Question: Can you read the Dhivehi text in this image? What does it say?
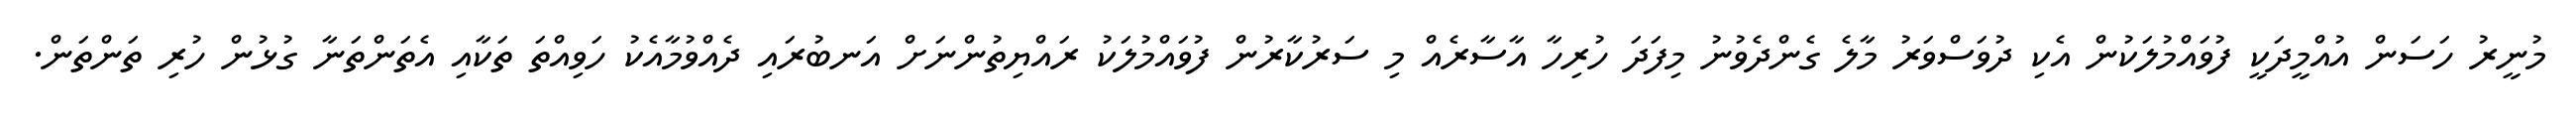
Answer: މުނީރު ހަސަން އުއްމީދަކީ ފުވައްމުލަކުން އެކި ދުވަސްވަރު މާލެ ގެންދެވުނު މިފަދަ ހުރިހާ އާސާރެއް މި ސަރުކާރުން ފުވައްމުލަކު ރައްޔިތުންނަށް އަނބުރައި ދެއްވުމާއެކު ހަވިއްތަ ތަކާއި އެތަންތަނާ ގުޅުން ހުރި ތަންތަން.